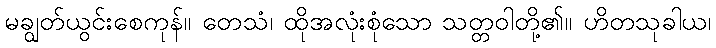
မချွတ်ယွင်းစေကုန်။ တေသံ၊ ထိုအလုံးစုံသော သတ္တဝါတို့၏။ ဟိတသုခါယ၊